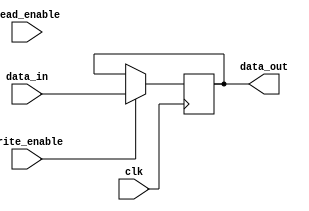
module IO_Buffer (
    input wire clk,
    input wire [7:0] data_in,
    output reg [7:0] data_out,
    input wire write_enable,
    input wire read_enable
);

always @ (posedge clk) begin
    if (write_enable) begin
        // Write data to external device
        data_out <= data_in;
    end
    if (read_enable) begin
        // Read data from external device
        // Assign data_out with data from external device
    end
end

endmodule